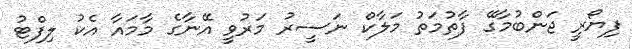
ފިޔޯރީ ޖަންބުމާގޭ ފާތުމަތު މަލާކް ނަސީރު މަރުވީ އޭނާގެ މާމައާ އެކު ލިފްޓު